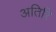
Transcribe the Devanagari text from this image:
अतिरि